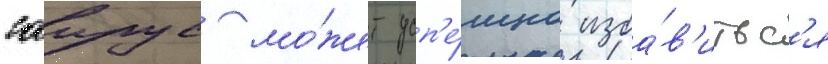
саирус мо́жет усп'е́шно изба́в'итьс'я